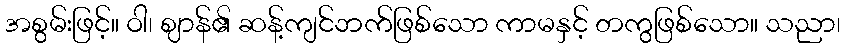
အစွမ်းဖြင့်။ ဝါ၊ ဈာန်၏ ဆန့်ကျင်ဘက်ဖြစ်သော ကာမနှင့် တကွဖြစ်သော။ သညာ၊